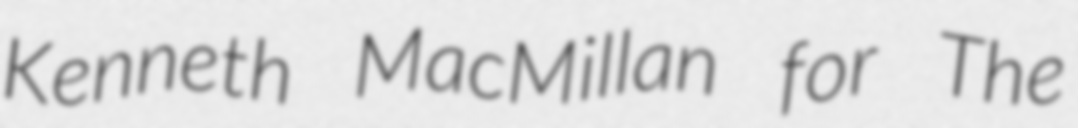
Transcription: Kenneth MacMillan for The